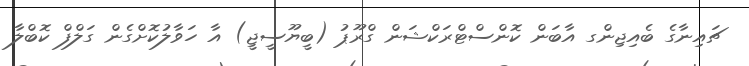
ޗައިނާގެ ބެއިޖިންގ އާބަން ކޮންސްޓްރަކްޝަން ގްރޫޕު (ބީޔޫސީޖީ) އާ ހަވާލުކޮށްގެން ގަލްފް ކޮބްލާ